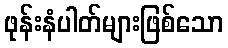
ဖုန်းနံပါတ်များဖြစ်သော